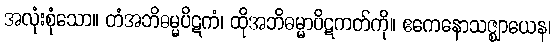
အလုံးစုံသော။ တံအဘိဓမ္မပိဋကံ၊ ထိုအဘိဓမ္မာပိဋကတ်ကို။ ဧကေနောသဇ္ဈာယေန၊